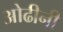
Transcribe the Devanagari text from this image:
ओढीनी